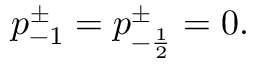
\begin{array} { r } { p _ { - 1 } ^ { \pm } = p _ { - \frac 1 2 } ^ { \pm } = 0 . } \end{array}